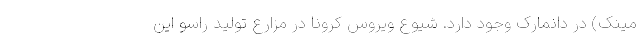
مینک) در دانمارک وجود دارد. شیوع ویروس کرونا در مزارع تولید راسو این